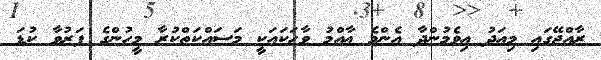
ރާއްޖޭގައި މިއަދު އިވެމުންދާ އެންމެ ޢާއްމު ވާހަކައަކީ މަސައްކަތްކުރާ މީހުންގެ ފަރުވާ ކުޑަ